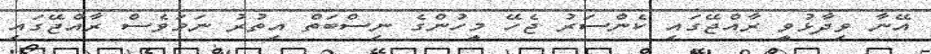
އޭނާ ވިދާޅުވީ ރާއްޖޭގައި ކެންސަރު ޖެހޭ މީހުންގެ ނިސްބަތް އިތުރު ނަމަވެސް ރާއްޖޭގައި